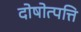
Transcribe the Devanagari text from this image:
दोषोत्पत्ति